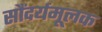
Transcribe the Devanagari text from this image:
सौंदर्यमूलक